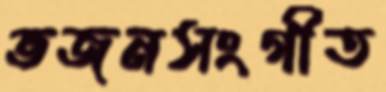
ভজনসংগীত